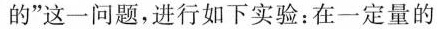
的”这一问题，进行如下实验：在一定量的